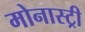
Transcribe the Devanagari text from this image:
मोनास्ट्री